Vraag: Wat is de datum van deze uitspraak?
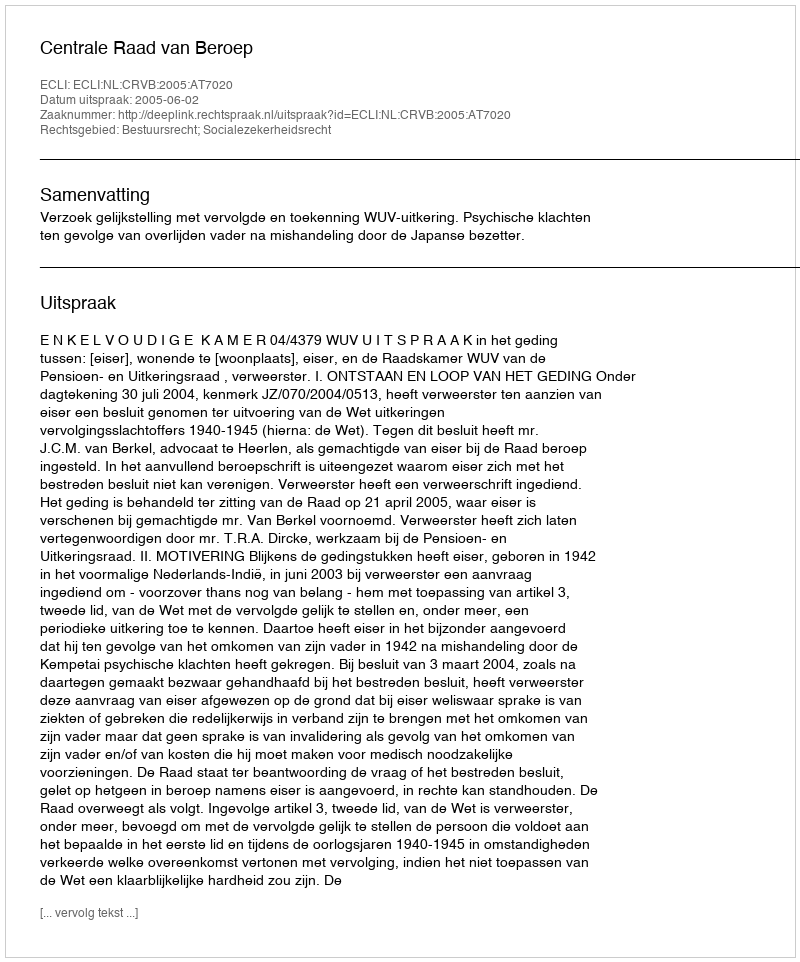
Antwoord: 2005-06-02